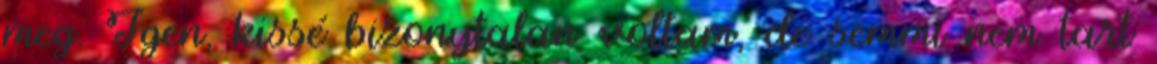
meg. Igen, kissé bizonytalan voltam, de semmi nem tart